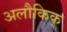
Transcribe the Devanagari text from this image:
अलौकिक्